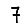
Digit: 7